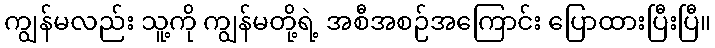
ကျွန်မလည်း သူ့ကို ကျွန်မတို့ရဲ့ အစီအစဉ်အကြောင်း ပြောထားပြီးပြီ။